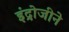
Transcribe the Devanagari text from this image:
इंद्रोजीने